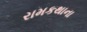
રામકથાના